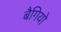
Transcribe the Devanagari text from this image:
बैगियो